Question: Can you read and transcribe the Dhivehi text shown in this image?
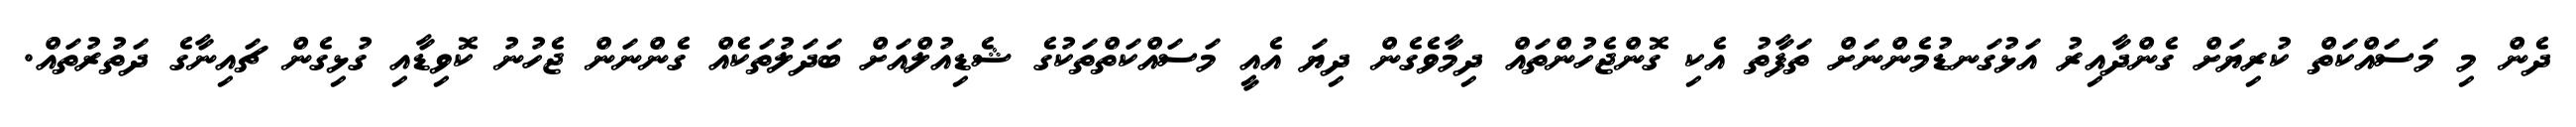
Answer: ދެން މި މަސައްކަތް ކުރިޔަށް ގެންދާއިރު އަޅުގަނޑުމެންނަށް ތަފާތު އެކި ގޮންޖެހުންތައް ދިމާވެގެން ދިޔަ އެއީ މަސައްކަތްތަކުގެ ޝެޑިއުލްއަށް ބަދަލުތަކެއް ގެންނަން ޖެހުނު ކޮވިޑާއި ގުޅިގެން ޗައިނާގެ ދަތުރުތައް.